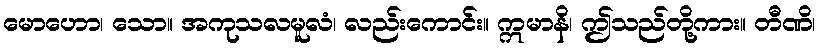
မောဟော၊ သော။ အကုသလမူလံ၊ လည်းကောင်း။ ဣမာနိ၊ ဤသည်တို့ကား။ တီဏိ၊